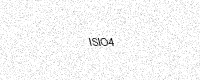
Text: ISIO4